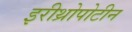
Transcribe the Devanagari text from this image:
इरीथ्रोपोटीन